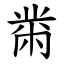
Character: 黹